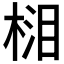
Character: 𣓭